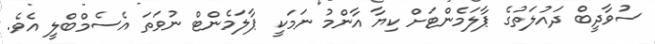
ސުވާދީބް ދައުލަތުގެ ޕާލަމެންޓަށް ކިޔާ އާންމު ނަމަކީ ޕާލަމެންޓް ނުވަތަ އެސެމްބްލީ އެވެ.